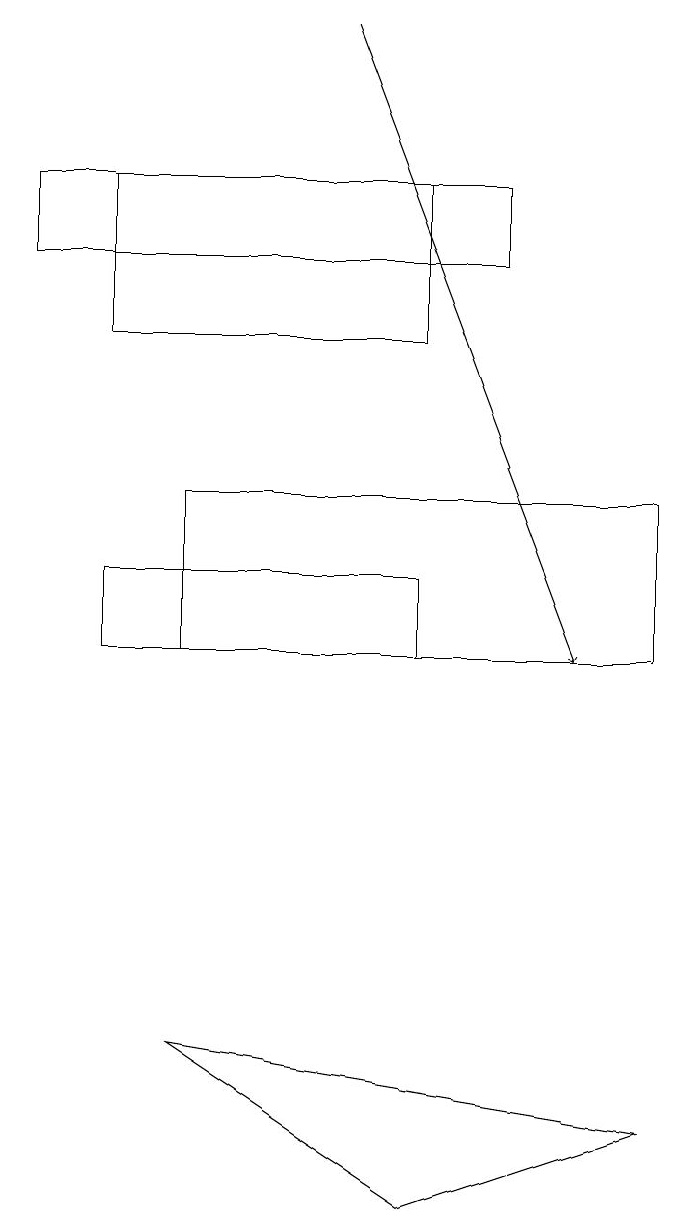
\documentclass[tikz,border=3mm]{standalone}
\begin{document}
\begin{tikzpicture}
\draw (0,15) rectangle (6,16);
\draw[->] (4,18) -- (7,10);
\draw (2,5) -- (8,4) -- (5,3) -- cycle;
\draw (1,11) rectangle (5,10);
\draw (5,16) rectangle (1,14);
\draw (8,12) rectangle (2,10);
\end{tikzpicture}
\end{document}